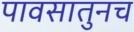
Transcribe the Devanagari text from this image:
पावसातुनच